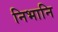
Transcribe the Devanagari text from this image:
निभानि